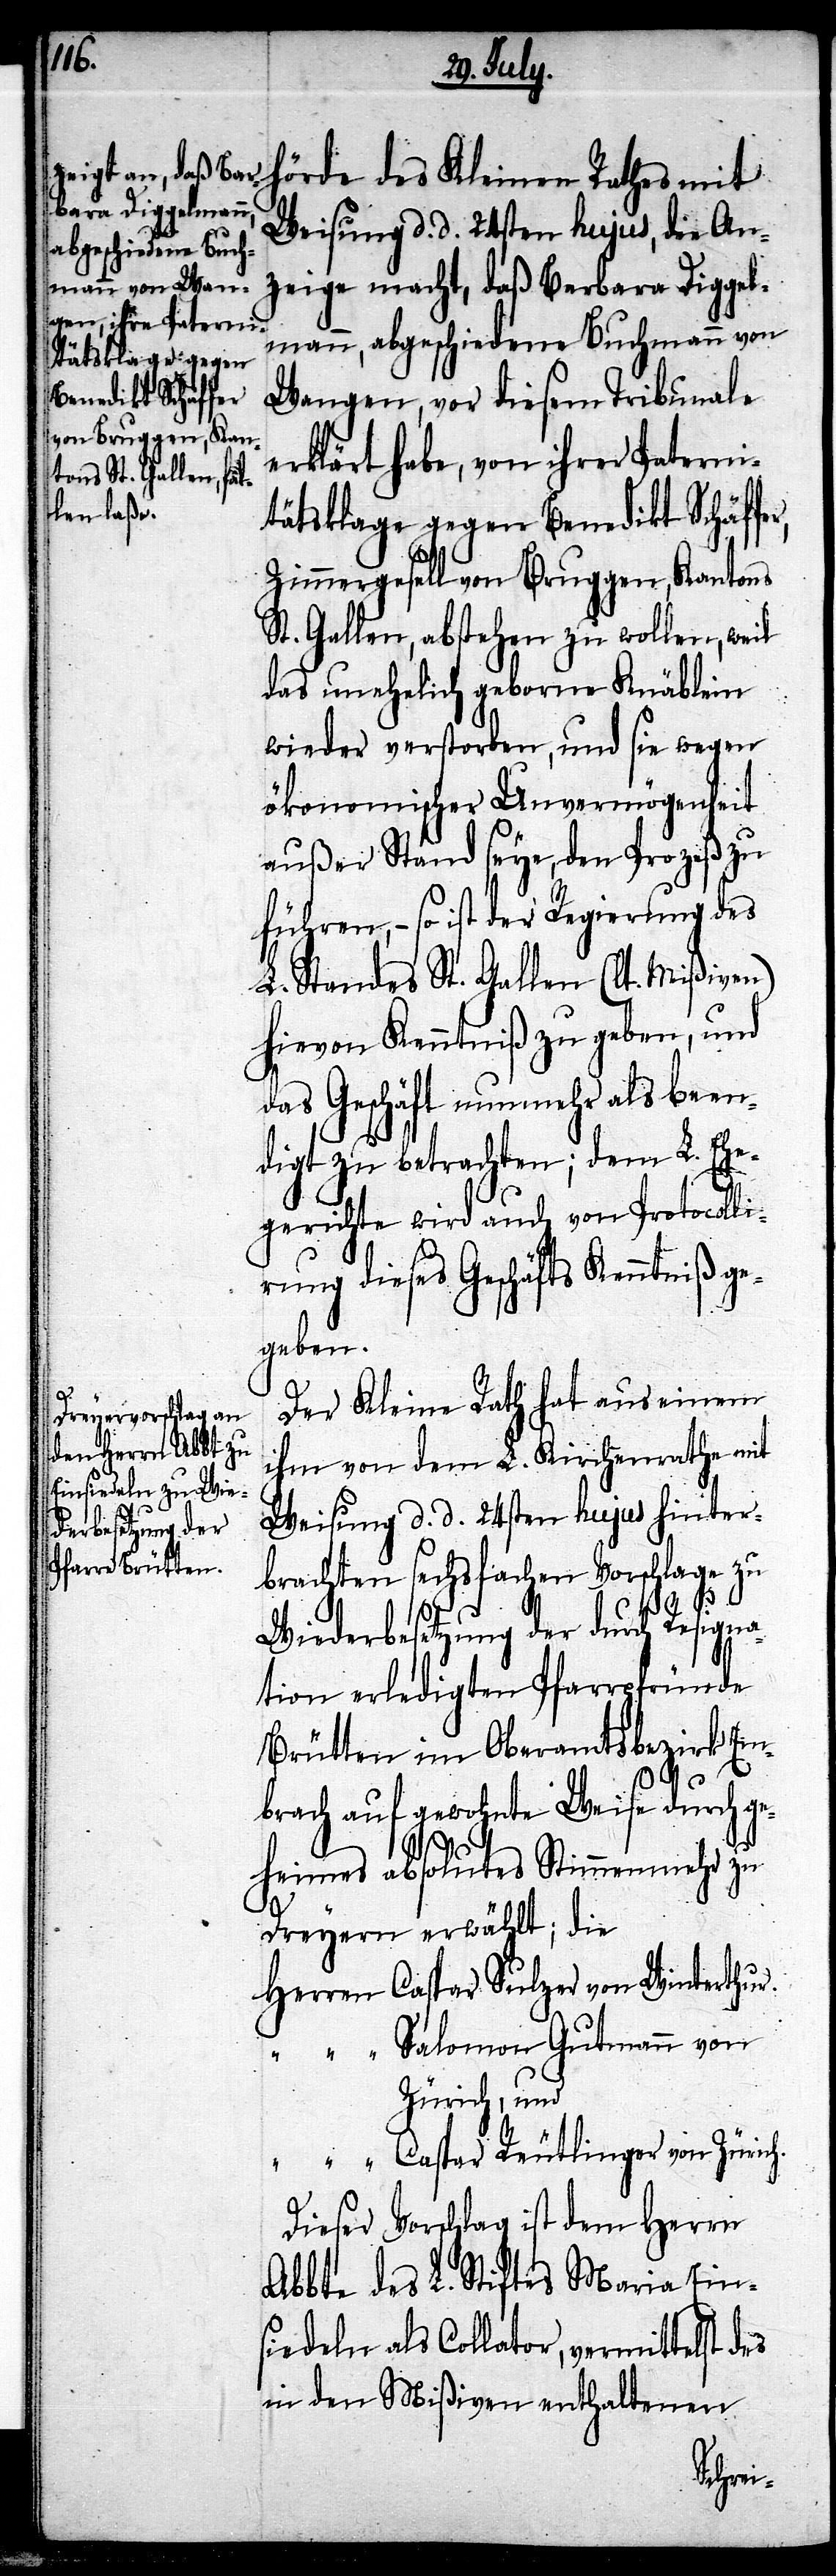
hörde des Kleinen Rathes mit
Weisung d. d. 24sten hujus, die An¬
zeige macht, daß Barbara Diggel¬
mann, abgeschiedene Buchmann von
Wangen, vor diesem Tribunale
erklärt habe, von ihrer Paterni¬
tätsklage gegen Benedikt Schäffe¬
Zimmergesell von Bruggen, Kantons
St. Gallen, abstehen zu wollen, weil
das unehelich geborne Knäblein
wieder verstorben, und sie wegen
ökonomischer Unvermögenheit
außer Stand seye, den Prozeß zu
führen, – so ist der Regierung des
L. Standes St. Gallen (lt. Mißiven)
hievon Kenntniß zu geben, und
das Geschäft nunmehr als been¬
digt zu betrachten; dem L. Ehe¬
gerichte wird auch von Protocolli¬
rung dieses Geschäfts Kenntniß ge¬
geben.
Der Kleine Rath hat aus einem
ihm von dem L. Kirchenrathe mit
Weisung d. d. 24sten hujus hinter¬
brachten sechsfachen Vorschlage zu
r,
Wiederbesetzung der durch Resigna¬
tion erledigten Pfarrpfründe
Brütten im Oberamtsbezirk Em¬
brach auf gewohnte Weise durch ge¬
heimes absolutes Stimmenmehr zu
Dreyern erwählt; die
Herren 	Caspar Sulzer von Winterthur.
“		Salomon Gutmann von
Zürich, und
Caspar Reutlinger von Zürich.
Dieser Vorschlag ist dem Herrn
Abbte des L. Stiftes Maria Ein¬
siedeln als Collator, vermittelst des
in den Mißiven enthaltenen